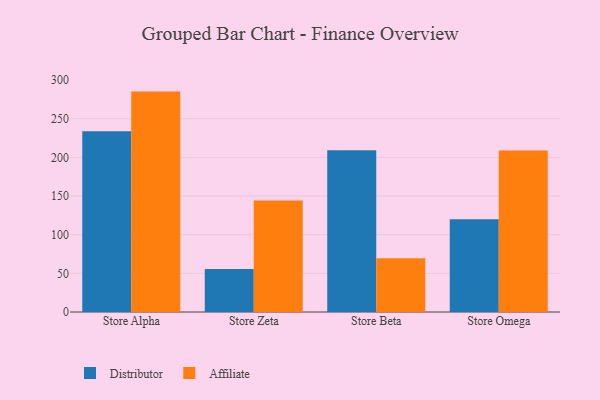
{"axis": {"x": "Store", "y": "LTV (USD)"}, "legend": ["Affiliate", "Distributor"], "data": [{"x": "Store Alpha", "y": 233.8, "type": "Distributor"}, {"x": "Store Alpha", "y": 285.1, "type": "Affiliate"}, {"x": "Store Zeta", "y": 55.5, "type": "Distributor"}, {"x": "Store Zeta", "y": 144.3, "type": "Affiliate"}, {"x": "Store Beta", "y": 209.1, "type": "Distributor"}, {"x": "Store Beta", "y": 69.6, "type": "Affiliate"}, {"x": "Store Omega", "y": 119.9, "type": "Distributor"}, {"x": "Store Omega", "y": 209.0, "type": "Affiliate"}]}